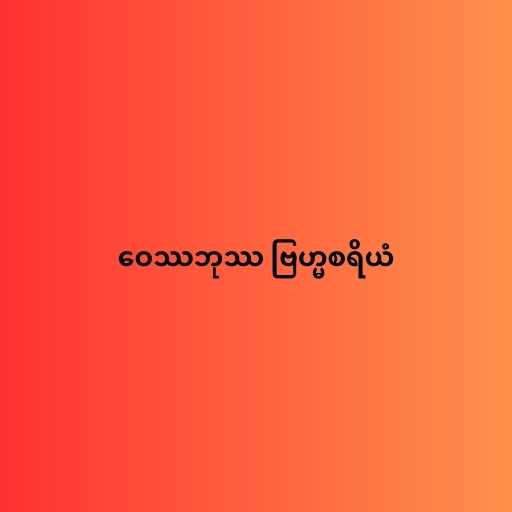
ဝေဿဘုဿ ဗြဟ္မစရိယံ